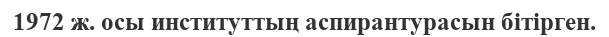
1972 ж. осы институттың аспирантурасын бітірген.